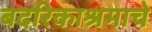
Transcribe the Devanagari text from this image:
बदरिकाश्रमाचे